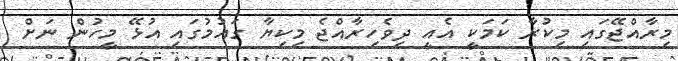
މިރާއްޖޭގައި މިކުރާ ކަމަކީ އެއީ ދިވެހިރާއްޖެ މިކިޔާ ގައުމުގައި އުޅޭ މީހުން ނަށް